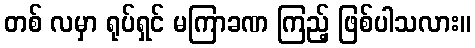
တစ် လမှာ ရုပ်ရှင် မကြာခဏ ကြည့် ဖြစ်ပါသလား။